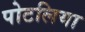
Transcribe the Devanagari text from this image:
पोटलिया